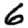
Digit: 6